Source: Computer-generated
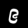
Digit: ၉ (9)